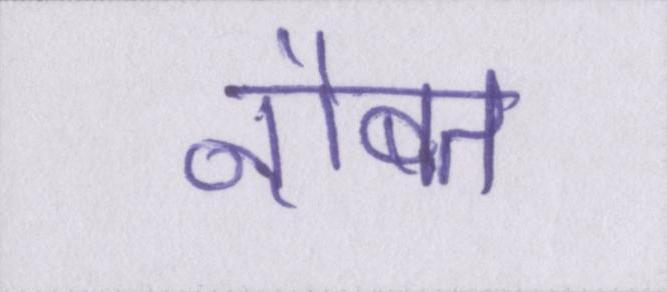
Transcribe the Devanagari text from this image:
नौबत